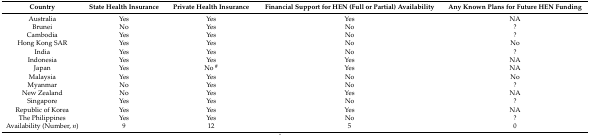
| Country | State Health Insurance | Private Health Insurance | Financial Support for HEN (Full or Partial) Availability | Any Known Plans for Future HEN Funding |
 | --- | --- | --- | --- | --- |
 | Australia | Yes | Yes | Yes | NA |
 | Brunei | No | Yes | No | ? |
 | Cambodia | Yes | Yes | No | ? |
 | Hong Kong SAR | Yes | Yes | No | No |
 | India | Yes | Yes | No | ? |
 | Indonesia | Yes | Yes | Yes | NA |
 | Japan | Yes | No # | Yes | NA |
 | Malaysia | Yes | Yes | No | No |
 | Myanmar | No | Yes | No | ? |
 | New Zealand | No | Yes | Yes | NA |
 | Singapore | Yes | Yes | No | ? |
 | Republic of Korea | Yes | Yes | Yes | NA |
 | The Philippines | Yes | Yes | No | ? |
 | Availability (Number, n) | 9 | 12 | 5 | 0 |